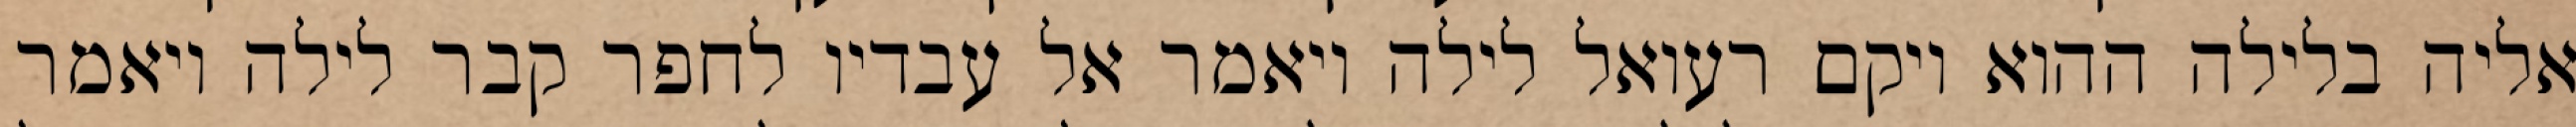
אליה בלילה ההוא ויקם רעואל לילה ויאמר אל עבדיו לחפר קבר לילה ויאמר